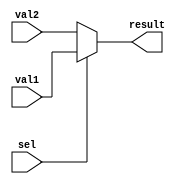
`timescale 1ns / 1ps
//////////////////////////////////////////////////////////////////////////////////
// Company: 
// Engineer: 
// 
// Design Name: 
// Module Name:    Multiplexer_32bit 
// Project Name: 
// Target Devices: 
// Tool versions: 
// Description: 
//
// Dependencies: 
//
// Revision: 
// Revision 0.01 - File Created
// Additional Comments: 
//
//////////////////////////////////////////////////////////////////////////////////
module Multiplexer_32bit(input [31:0] val1 , input [31:0] val2 , input sel , output [31:0] result );

	assign result = sel ? val1 : val2;

endmodule